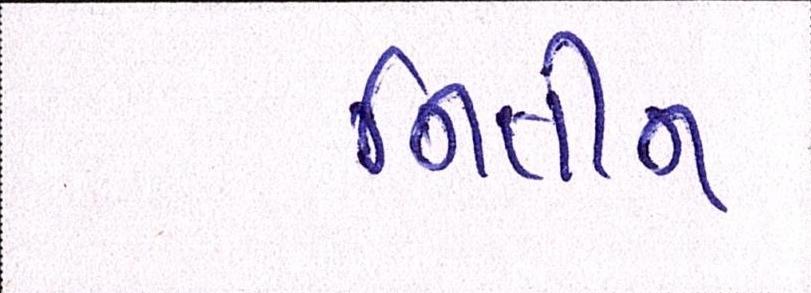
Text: નિતીન